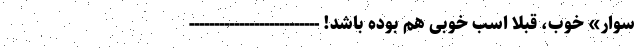
سوار» خوب، قبلا اسب خوبی هم بوده باشد! --------------------------